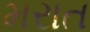
મરાત